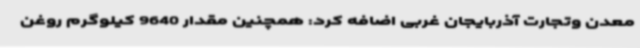
معدن وتجارت آذربایجان غربی اضافه کرد: همچنین مقدار 9640 کیلوگرم روغن